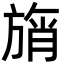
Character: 旓